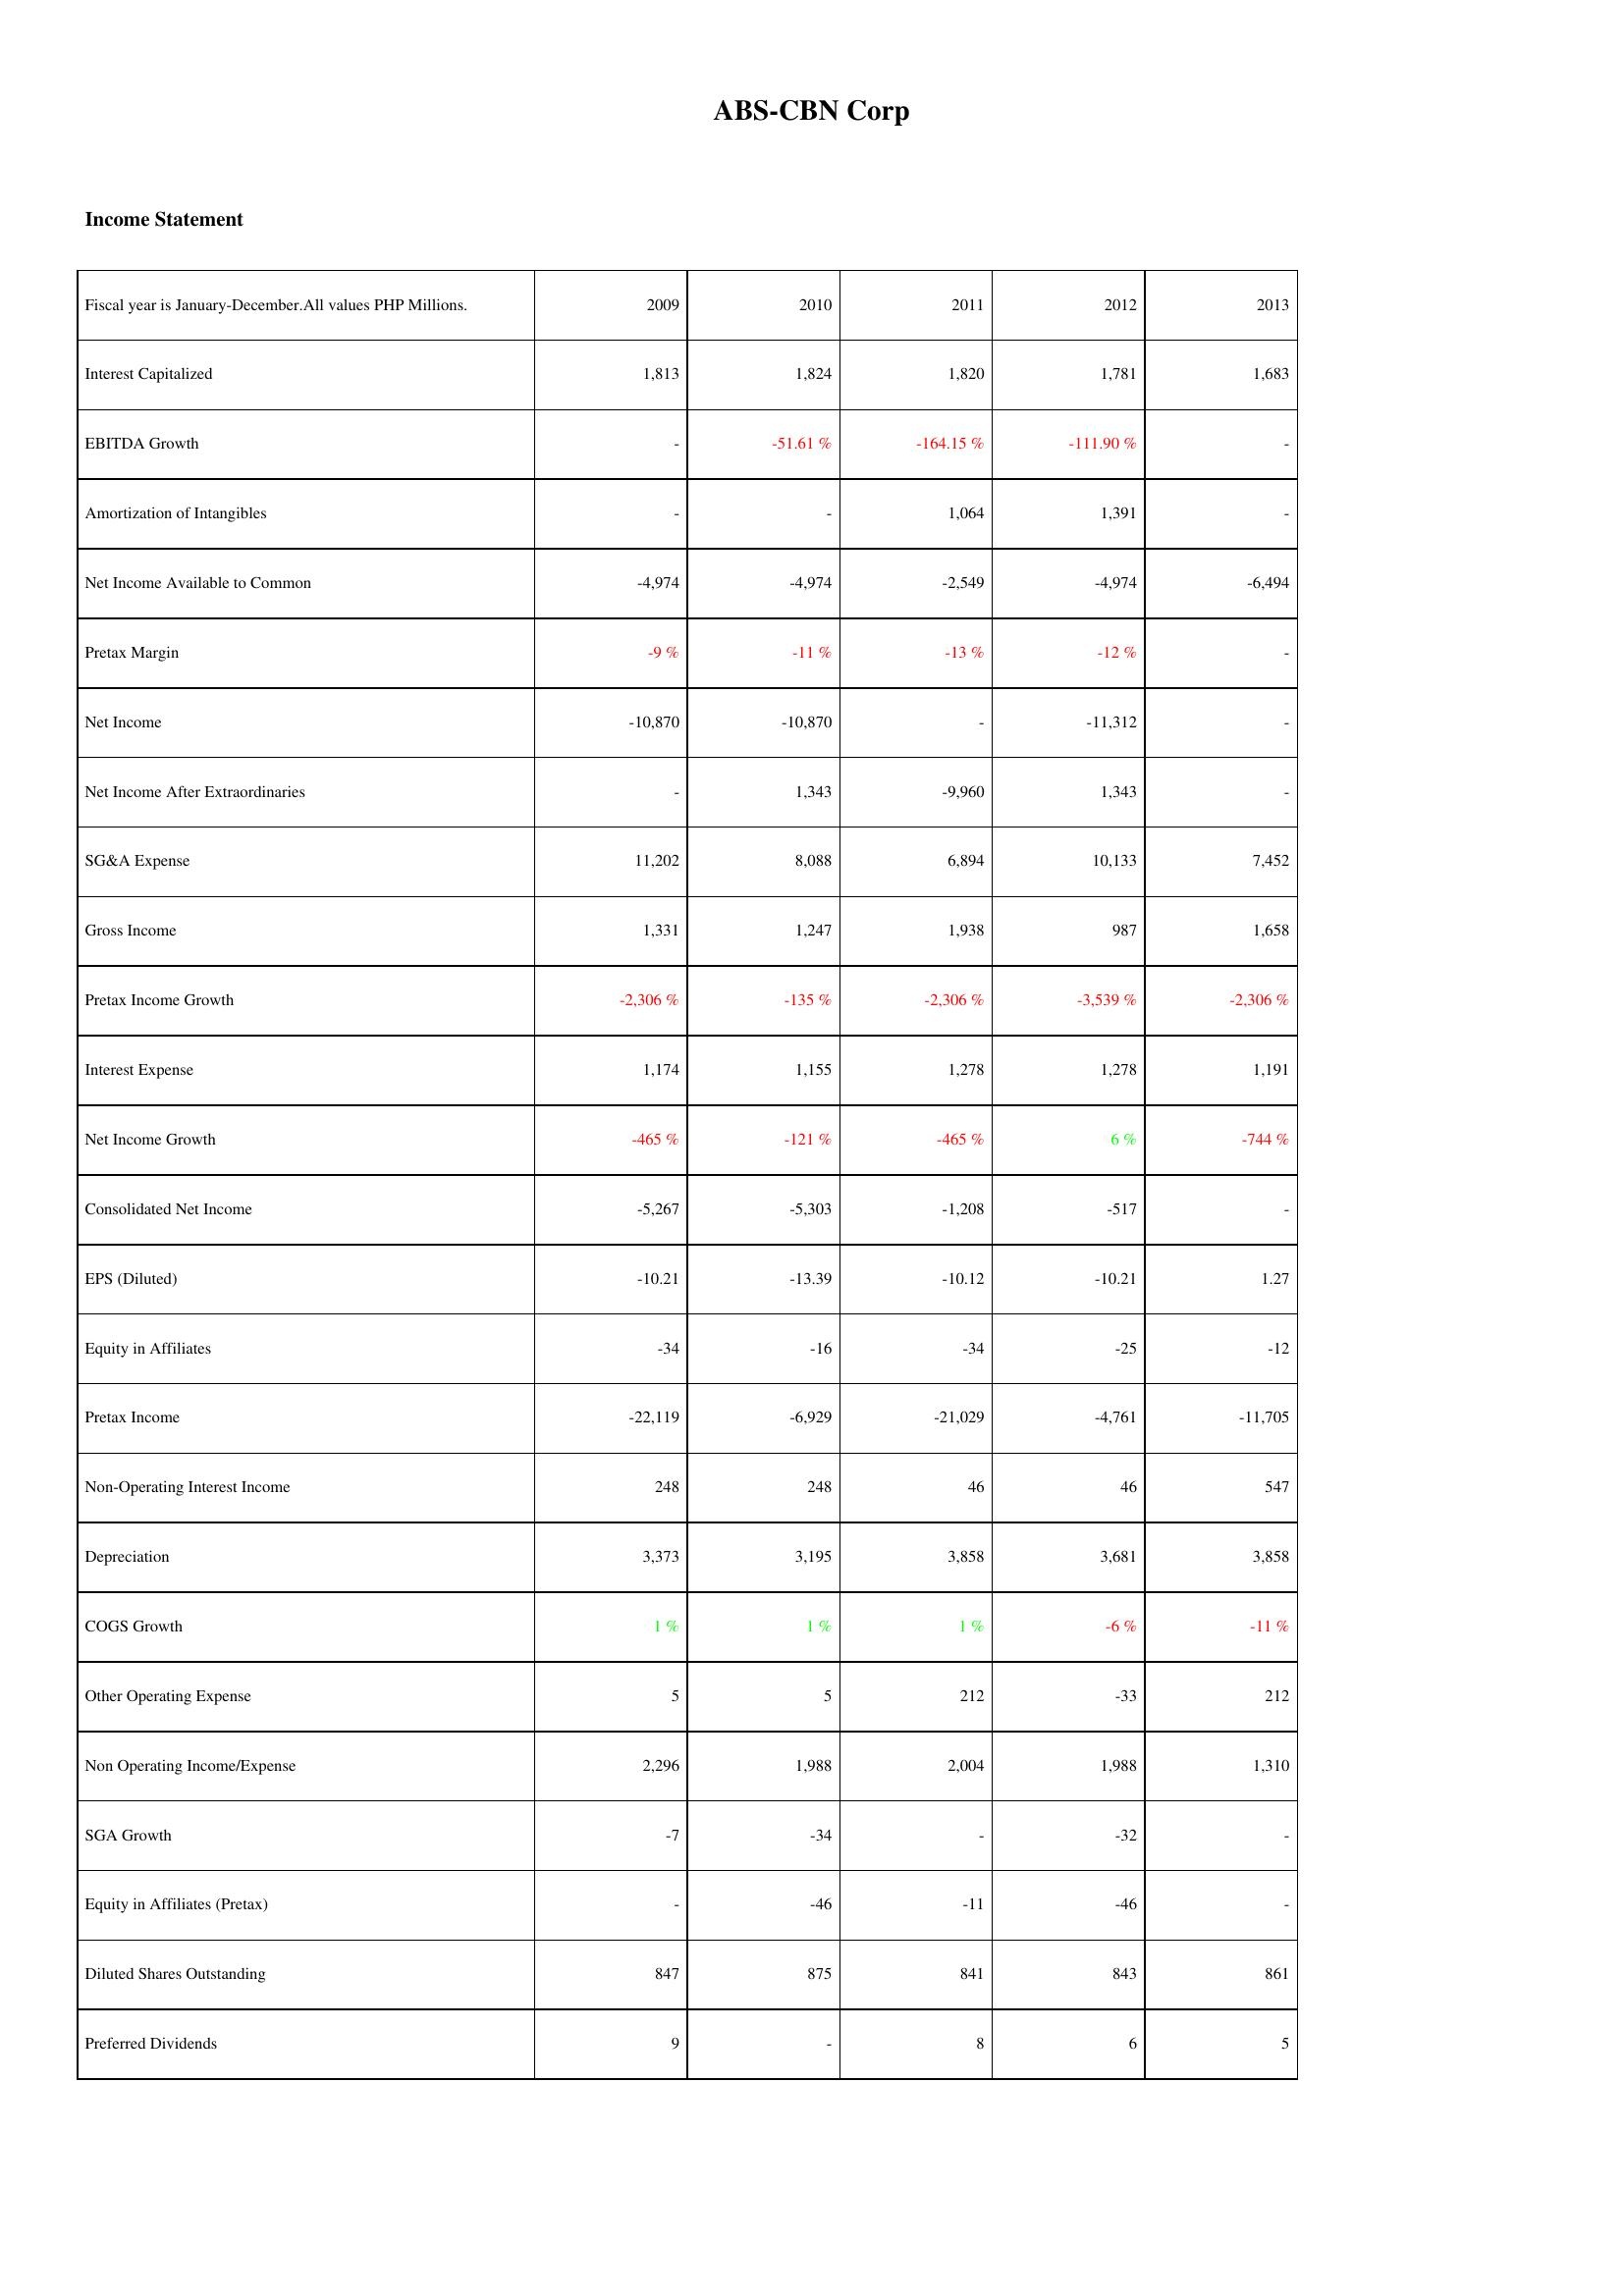
2009: Income Statement: Interest Capitalized: 1,813
EBITDA Growth: -
Amortization of Intangibles: -
Net Income Available to Common: -4,974
Pretax Margin: -9 %
Net Income: -10,870
Net Income After Extraordinaries: -
SG&A Expense: 11,202
Gross Income: 1,331
Pretax Income Growth: -2,306 %
Interest Expense: 1,174
Net Income Growth: -465 %
Consolidated Net Income: -5,267
EPS (Diluted): -10.21
Equity in Affiliates: -34
Pretax Income: -22,119
Non-Operating Interest Income: 248
Depreciation: 3,373
COGS Growth: 1 %
Other Operating Expense: 5
Non Operating Income/Expense: 2,296
SGA Growth: -7
Equity in Affiliates (Pretax): -
Diluted Shares Outstanding: 847
Preferred Dividends: 9
2010: Income Statement: Interest Capitalized: 1,824
EBITDA Growth: -51.61 %
Amortization of Intangibles: -
Net Income Available to Common: -4,974
Pretax Margin: -11 %
Net Income: -10,870
Net Income After Extraordinaries: 1,343
SG&A Expense: 8,088
Gross Income: 1,247
Pretax Income Growth: -135 %
Interest Expense: 1,155
Net Income Growth: -121 %
Consolidated Net Income: -5,303
EPS (Diluted): -13.39
Equity in Affiliates: -16
Pretax Income: -6,929
Non-Operating Interest Income: 248
Depreciation: 3,195
COGS Growth: 1 %
Other Operating Expense: 5
Non Operating Income/Expense: 1,988
SGA Growth: -34
Equity in Affiliates (Pretax): -46
Diluted Shares Outstanding: 875
Preferred Dividends: -
2011: Income Statement: Interest Capitalized: 1,820
EBITDA Growth: -164.15 %
Amortization of Intangibles: 1,064
Net Income Available to Common: -2,549
Pretax Margin: -13 %
Net Income: -
Net Income After Extraordinaries: -9,960
SG&A Expense: 6,894
Gross Income: 1,938
Pretax Income Growth: -2,306 %
Interest Expense: 1,278
Net Income Growth: -465 %
Consolidated Net Income: -1,208
EPS (Diluted): -10.12
Equity in Affiliates: -34
Pretax Income: -21,029
Non-Operating Interest Income: 46
Depreciation: 3,858
COGS Growth: 1 %
Other Operating Expense: 212
Non Operating Income/Expense: 2,004
SGA Growth: -
Equity in Affiliates (Pretax): -11
Diluted Shares Outstanding: 841
Preferred Dividends: 8
2012: Income Statement: Interest Capitalized: 1,781
EBITDA Growth: -111.90 %
Amortization of Intangibles: 1,391
Net Income Available to Common: -4,974
Pretax Margin: -12 %
Net Income: -11,312
Net Income After Extraordinaries: 1,343
SG&A Expense: 10,133
Gross Income: 987
Pretax Income Growth: -3,539 %
Interest Expense: 1,278
Net Income Growth: 6 %
Consolidated Net Income: -517
EPS (Diluted): -10.21
Equity in Affiliates: -25
Pretax Income: -4,761
Non-Operating Interest Income: 46
Depreciation: 3,681
COGS Growth: -6 %
Other Operating Expense: -33
Non Operating Income/Expense: 1,988
SGA Growth: -32
Equity in Affiliates (Pretax): -46
Diluted Shares Outstanding: 843
Preferred Dividends: 6
2013: Income Statement: Interest Capitalized: 1,683
EBITDA Growth: -
Amortization of Intangibles: -
Net Income Available to Common: -6,494
Pretax Margin: -
Net Income: -
Net Income After Extraordinaries: -
SG&A Expense: 7,452
Gross Income: 1,658
Pretax Income Growth: -2,306 %
Interest Expense: 1,191
Net Income Growth: -744 %
Consolidated Net Income: -
EPS (Diluted): 1.27
Equity in Affiliates: -12
Pretax Income: -11,705
Non-Operating Interest Income: 547
Depreciation: 3,858
COGS Growth: -11 %
Other Operating Expense: 212
Non Operating Income/Expense: 1,310
SGA Growth: -
Equity in Affiliates (Pretax): -
Diluted Shares Outstanding: 861
Preferred Dividends: 5